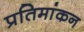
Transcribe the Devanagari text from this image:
प्रतिमांकन